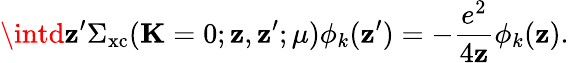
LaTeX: \intd\mathbf{z}^{\prime}\Sigma_{\mathrm{{xc}}}(\mathbf{{K}}=0;\mathbf{z},\mathbf{z}^{\prime};\mu)\phi_{k}(\mathbf{z}^{\prime})=-\frac{{e^{2}}}{{4\mathbf{z}}}\phi_{k}(\mathbf{z}).